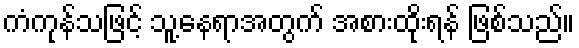
ကံကုန်သဖြင့် သူ့နေရာအတွက် အစားထိုးရန် ဖြစ်သည်။